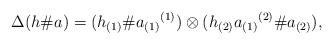
LaTeX: \begin{align*}\Delta(h \# a) = (h_{(1)} \# {a_{(1)}}^{(1)}) \otimes (h_{(2)}{a_{(1)}}^{(2)}\# a_{(2)}),\end{align*}